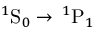
^ 1 \mathrm { S } _ { 0 } \rightarrow \, ^ { 1 } \mathrm { P } _ { 1 }